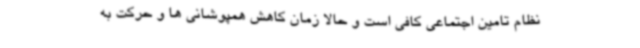
نظام تامین اجتماعی کافی است و حالا زمان کاهش همپوشانی ها و حرکت به